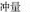
冲量